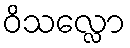
ဝိသလ္လော